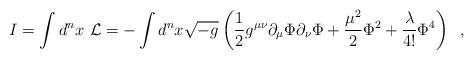
LaTeX: \begin{align*}I=\int d^{n}x~{\cal L}=-\int d^{n}x \sqrt{-g}\left(\frac{1}{2}g^{\mu \nu}\partial_{\mu}\Phi\partial_{\nu}\Phi+\frac{\mu^{2}}{2}\Phi^{2}+\frac{\lambda}{4!}\Phi^{4}\right) \;\;, \end{align*}